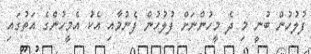
ފުލުހުން ބުނީ މި ދެ މީހުންނަށް ފުލުހުން ފެނުމާއި އެކު އެމީހުންގެ އަތުގައި